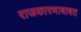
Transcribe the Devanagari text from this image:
राजकारणाबाबत